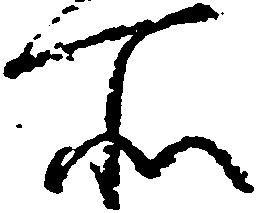
所